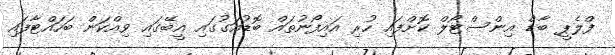
ފްލެޕީ ބާޑް އިންސްޓޯލް ކޮށްފައި ހުރި އައިފޯނުތައް ބޮޑުއަގުގައި އީބޭގައި ވިއްކަން ބަހައްޓާފައި